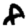
Digit: 8